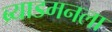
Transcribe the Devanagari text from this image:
ब्र्याडमनला